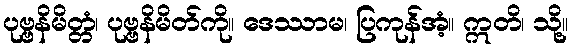
ပုဗ္ဗနိမိတ္တံ၊ ပုဗ္ဗနိမိတ်ကို။ ဒေဿာမ၊ ပြကုန်အံ့။ ဣတိ၊ သို့။